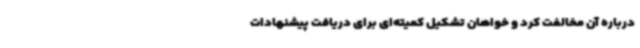
درباره آن مخالفت کرد و خواهان تشکیل کمیته‌ای برای دریافت پیشنهادات